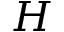
H